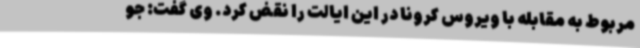
مربوط به مقابله با ویروس کرونا در این ایالت را نقض کرد. وی گفت: جو